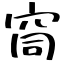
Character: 䆚